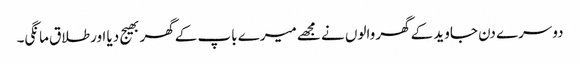
دوسرے دن جاوید کےگھر والوں نے مجھےمیرے باپ کےگھر بھیج دیا اورطلاق مانگی۔